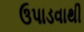
ઉપાડવાથી